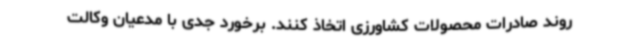
روند صادرات محصولات کشاورزی اتخاذ کنند. برخورد جدی با مدعیان وکالت